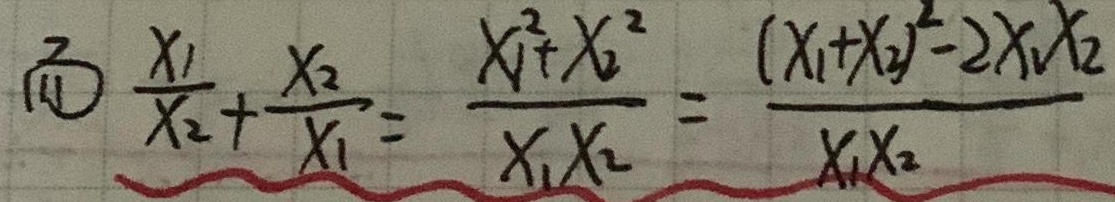
而1. \(\frac{x_1}{x_2}+ \frac{x_2}{x_1}= \frac{x_1^{2}+x_2^{2}}{x_1x_2}= \frac{(x_1 + x_2)^{2}-2x_1x_2}{x_1x_2}\)